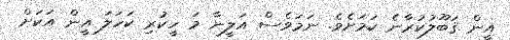
އީން ޤަބޫލުކުރާނެ ކަމަށެވެ. ނަމަވެސް އަލީނާ މަ ހީކުރި ކަހަލަ އީން އަކަށް